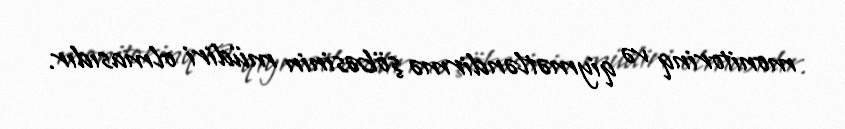
monitorinq və qiymətləndirmə şöbəsinin müdiri olmasıdır.